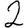
Digit: 2